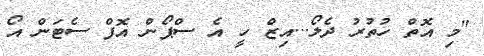
"މި އޮތް ހުތުރު ދެލޯ...އިޒް ހީ އެ ސްޕޯން އޮފް ސެޓަން އޯ